Report on the lunatic asylums under the Government of Bombay - 1904-1913
Year: 1904
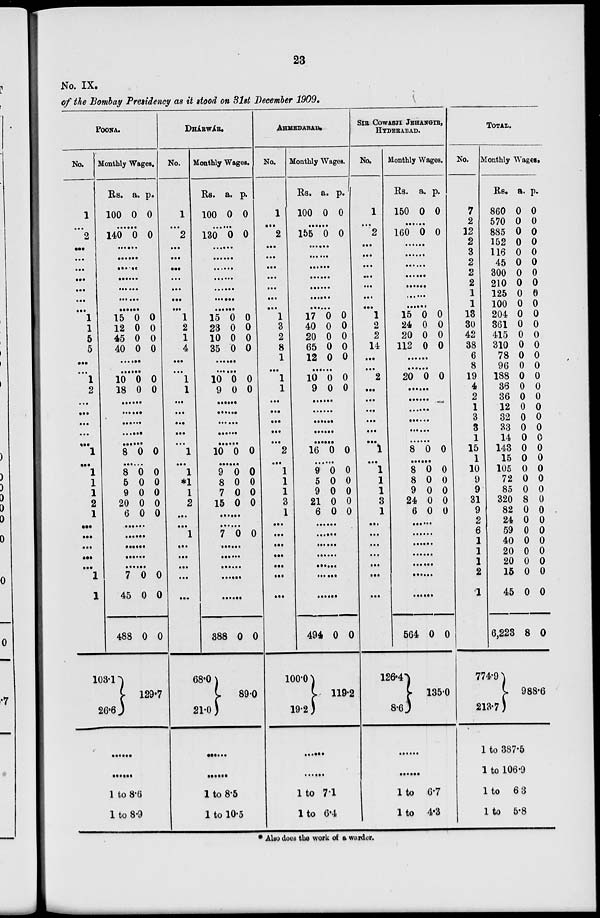
23
No. IX.
of the Bombay Presidency as it stood on 31st December 1909 .
POONA.
No.
1
....
2
...
...
...
...
...
...
...
1
1
5
5
...
...
1
2
...
...
...
...
...
1
...
1
1
1
2
1
...
...
...
...
...
1
1
Monthly Wages.
Rs.
100
a.
0
p.
0
.........
140 0 0
......
......
......
......
......
......
......
15
12
45
40
0
0
0
0
0
0
0
0
......
......
10
18
0
0
0
0
......
......
......
......
......
8 0 0
......
8
5
9
20
6
0
0
0
0
0
0
0
0
0
0
......
......
......
......
......
7
45
488
103.1
26.6
0
0
0
0
0
0
129.7
......
......
1 to 8.6
1 to 8.9
DHÁRWÁR.
No.
1
....
2
...
...
...
...
...
...
...
1
2
1
4
...
...
1
1
...
...
...
...
...
1
...
1
*1
1
2
...
...
1
...
...
...
...
...
Monthly Wages.
Rs.
100
a.
0
p.
0
.........
130 0 0
......
......
......
......
......
......
......
15
23
10
35
0
0
0
0
0
0
0
0
......
......
10
9
0
0
0
0
......
......
......
......
......
10 0 0
......
9
8
7
15
0
0
0
0
0
0
0
0
......
......
7 0 0
......
......
......
......
......
388
68.0
21.0
0 0
89.0
......
......
1 to 8.5
1 to 10.5
AHMEDABAD.
No.
1
....
2
...
...
...
...
...
...
...
1
3
2
8
1
...
1
1
...
...
...
...
...
2
...
1
1
1
3
1
...
...
...
...
...
...
...
Monthly Wages.
Rs.
100
a.
0
p.
0
.........
155 0 0
......
......
......
......
......
......
......
17
40
20
65
12
0
0
0
0
0
0
0
0
0
0
......
10
9
0
0
0
0
......
......
......
......
......
16 0 0
......
9
5
9
21
6
0
0
0
0
0
0
0
0
0
0
......
......
......
......
......
......
......
494
100.0
19.2
0 0
119.2
......
......
1 to 7.1
1 to 6.4
SIR COWASJI JEHANGIR,
HYDERABAD.
No.
1
....
2
...
...
...
...
...
...
...
1
2
2
14
...
...
2
...
...
...
...
...
...
1
...
1
1
1
3
1
...
...
...
...
...
...
...
Monthly Wages.
Rs.
150
a.
0
p.
0
.........
160 0 0
......
......
......
......
......
......
......
15
24
20
112
0
0
0
0
0
0
0
0
......
......
20 0 0
......
......
......
......
......
......
8 0 0
......
8
8
9
24
6
0
0
0
0
0
0
0
0
0
0
......
......
......
......
......
......
......
564
126.4
8.6
0 0
135.0
......
......
1 to 6.7
1 to 4.3
TOTAL.
No.
7
2
12
2
3
2
2
2
1
1
13
30
42
38
6
8
19
4
2
1
3
3
1
15
1
10
9
9
31
9
2
6
1
1
1
2
1
Monthly Wages.
Rs.
860
570
885
152
116
45
300
210
125
100
204
361
415
310
78
96
188
36
36
12
32
33
14
143
15
105
72
85
320
82
24
59
40
20
20
15
45
6,223
774.9
213.7
a.
0
0
0
0
0
0
0
0
0
0
0
0
0
0
0
0
0
0
0
0
0
0
0
0
0
0
0
0
8
0
0
0
0
0
0
0
0
8
p.
0
0
0
0
0
0
0
0
0
0
0
0
0
0
0
0
0
0
0
0
0
0
0
0
0
0
0
0
0
0
0
0
0
0
0
0
0
0
988.6
1 to 387.5
1 to 106.9
1 to 6.3
1 to 5.8
* Also does the work of a warder.